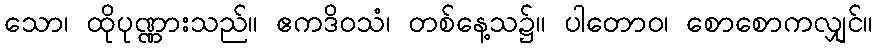
သော၊ ထိုပုဏ္ဏားသည်။ ဧကဒိဝသံ၊ တစ်နေ့သ၌။ ပါတောဝ၊ စောစောကလျှင်။